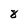
Character: 8